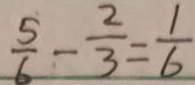
\frac { 5 } { 6 } - \frac { 2 } { 3 } = \frac { 1 } { 6 }